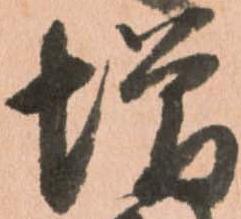
増